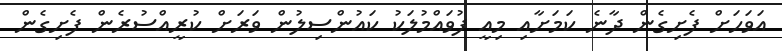
އަވަހަށް ފެށިގެން ދާނެ ކަމަށާއި މިއީ ފުވައްމުލަކު ކައުންސިލުން ވަރަށް ކުރީއްސުރެން ފެށިގެން